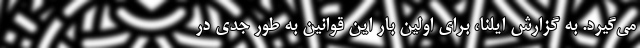
می‌گیرد. به گزارش ایلنا، برای اولین بار این قوانین به طور جدی در